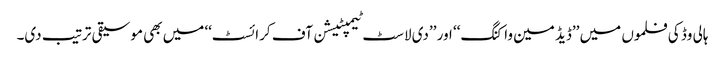
ہالی وڈ کی فلموں میں ’’ڈیڈ مین واکنگ‘‘ اور ’’دی لاسٹ ٹیمپٹیشن آف کرائسٹ‘‘ میں بھی موسیقی ترتیب دی۔